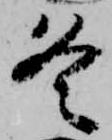
冬